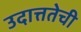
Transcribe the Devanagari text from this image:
उदात्ततेची